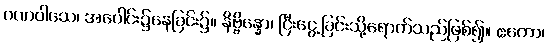
ဂဏဝါသေ၊ အပေါင်း၌နေခြင်း၌။ နိဗ္ဗိန္နော၊ ငြီးငွေ့ခြင်းသို့ရောက်သည်ဖြစ်၍။ ဧကော၊